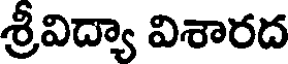
శ్రీవిద్యా విశారద